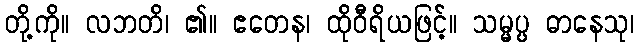
တို့ကို။ လဘတိ၊ ၏။ ဧတေန၊ ထိုဝီရိယဖြင့်။ သမ္မပ္ပ ဓာနေသု၊